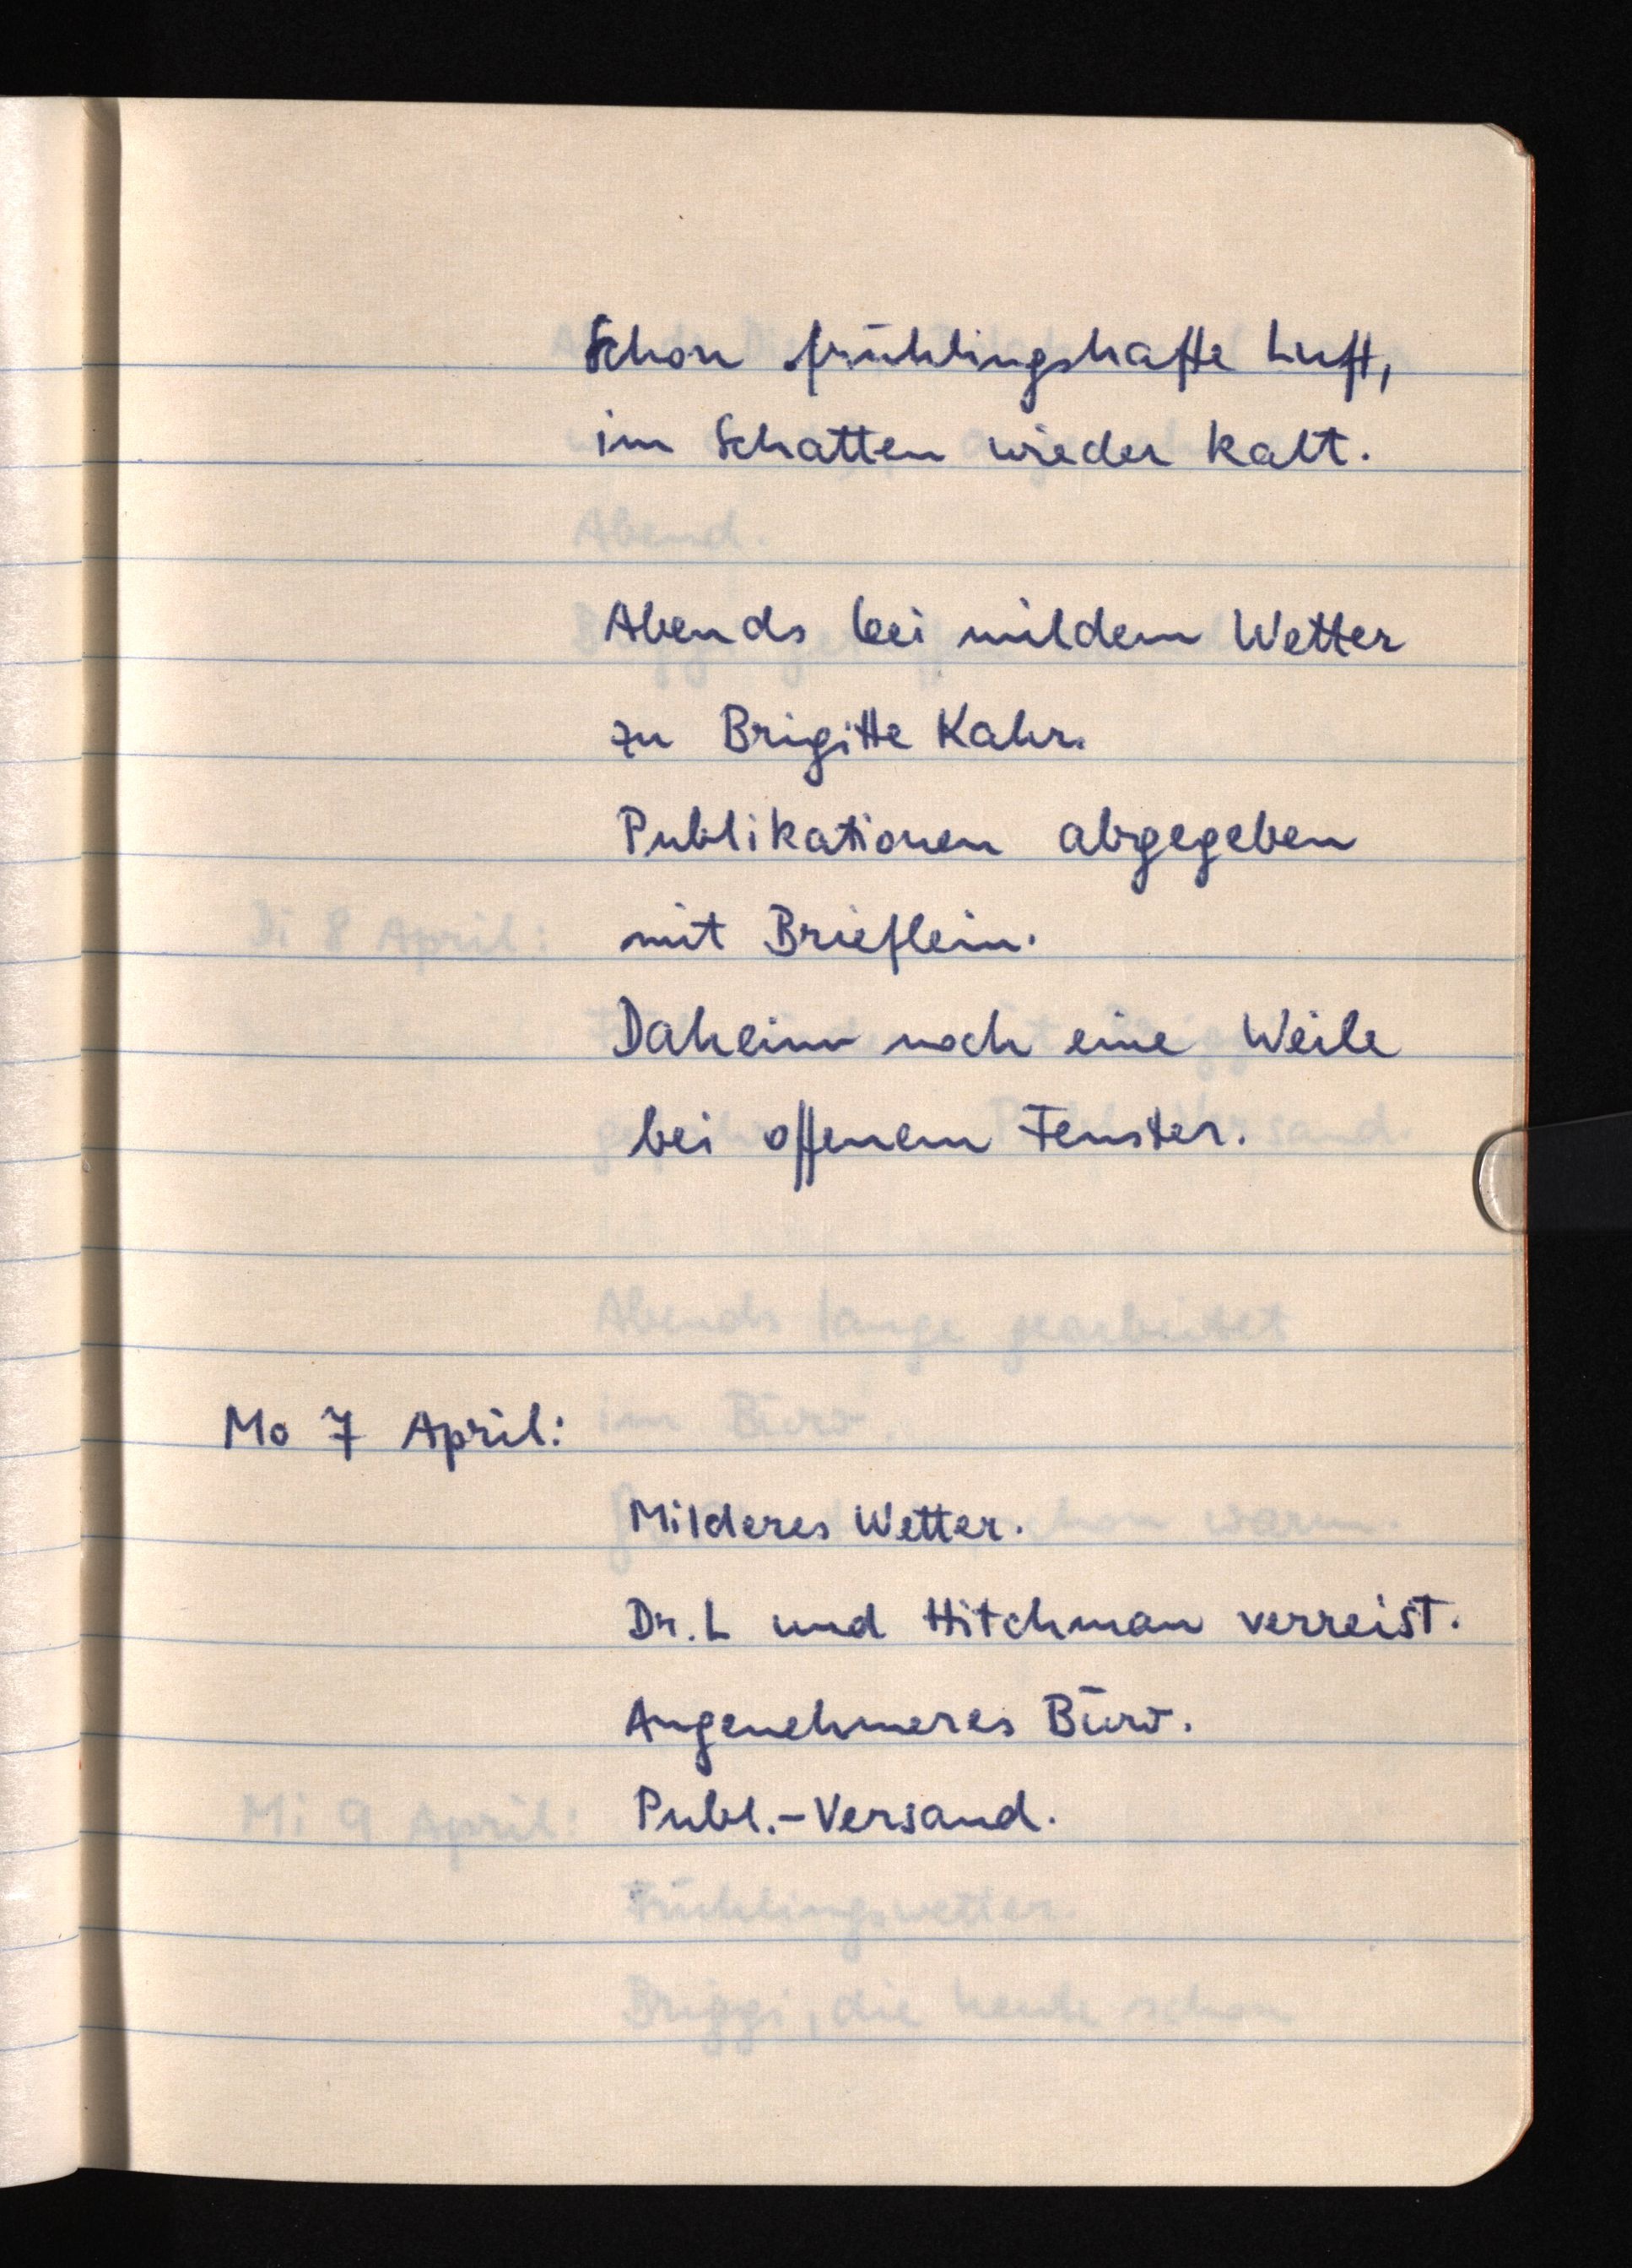
Schon frühlingshafte Luft,
im Schatten wieder kalt.
Abends bei mildem Wetter
zu Brigitte Kahr.
Publikationen abgegeben
mit Brieflein.
Daheim noch eine Weile
bei offenem Fenster.
Mo 7 April:
Milderes Wetter.
Dr. L und Hitchman verreist.
Angenehmeres Büro.
Publ.-Versand.